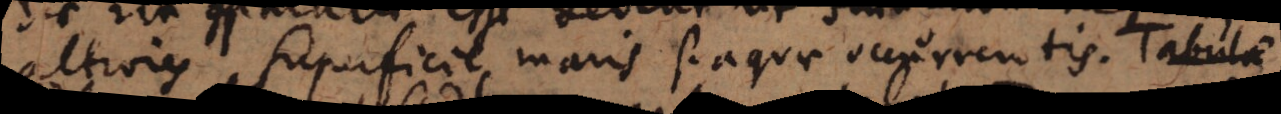
altiores superficie maris si aquae occurrentis. Tabula